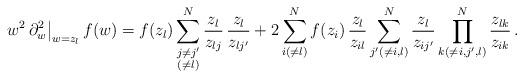
LaTeX: \begin{align*}w^2 \, \partial_w^2 \big|_{w = z_l} \, f(w) = f(z_l) \sum_{\substack{j\neq j' \\ (\neq l)}}^N \frac{z_l}{z_{lj}} \, \frac{z_l}{z_{lj'}} + 2 \sum_{i(\neq l)}^N f(z_i) \, \frac{z_l}{z_{il}} \sum_{j' (\neq i,l)}^N \frac{z_l}{z_{ij'}} \prod_{k(\neq i,j',l)}^N \frac{z_{lk}}{z_{ik}} \, .\end{align*}